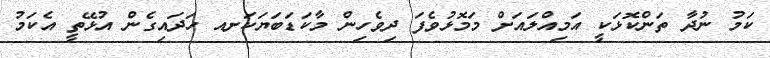
ކަމު ނުދާ ތަންކޮޅަކީ އަމިއްލައަށް މަމޮޅުވެފަ ދިވެހިން މާކަޑަބަޔަކަށއ ހަދައިގެން އުޅޭތީ އެކަމު